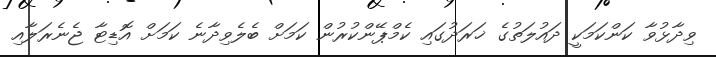
ވިދާޅުވާ ކަންކަމަކީ ދައުލަތުގެ ޚަރަދުގައި ކެމްޕޭންކުރުން ކަމަށް ބެލެވިދާނެ ކަމަށް އޮޑިޓާ ޖެނެރަލާއި